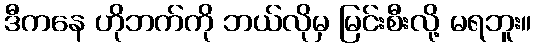
ဒီကနေ ဟိုဘက်ကို ဘယ်လိုမှ မြင်းစီးလို့ မရဘူး။